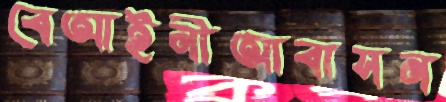
বেআইনীআবাসন